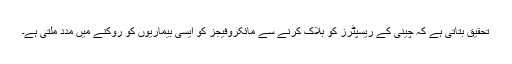
تحقیق بتاتی ہے کہ چینی کے ریسپٹرز کو بلاک کرنے سے مائکروفیجز کو ایسی بیماریوں کو روکنے میں مدد ملتی ہے۔